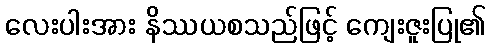
လေးပါးအား နိဿယစသည်ဖြင့် ကျေးဇူးပြု၏